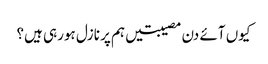
کیوں آئے دن مصیبتیں ہم پر نازل ہورہی ہیں؟